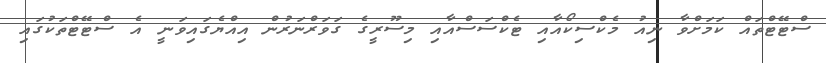
ސްޓޭޓްތައް ކަމަށްވާ ނިއު މެކްސިކޯއާއި ޓެކްސަސްއާއި މިސޫރީގެ ގަވަރްނަރުން އިއްޔެގައިވަނީ އެ ސްޓޭޓްތަކުގައި